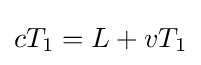
{\textstyle cT_{1}=L+vT_{1}}